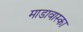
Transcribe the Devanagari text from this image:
माडावास्का